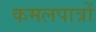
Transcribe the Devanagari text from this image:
कमलपात्रों